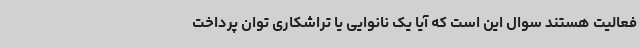
فعالیت هستند سوال این است که آیا یک نانوایی یا تراشکاری توان پرداخت